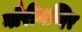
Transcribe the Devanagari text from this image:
गौरीमन्दिर